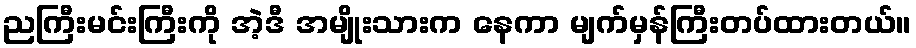
ညကြီးမင်းကြီးကို အဲ့ဒီ အမျိုးသားက နေကာ မျက်မှန်ကြီးတပ်ထားတယ်။